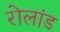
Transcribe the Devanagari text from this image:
रोलांड